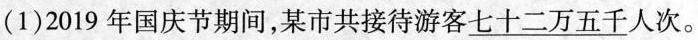
(1)2019年国庆节期间，某市共接待游客\underline{七十二万五千}人次。